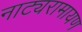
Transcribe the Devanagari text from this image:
नाट्यरामायण